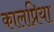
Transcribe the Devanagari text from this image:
कालप्रिया